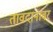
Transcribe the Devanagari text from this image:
तावदानावर